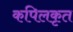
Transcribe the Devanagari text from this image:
कपिलकृत